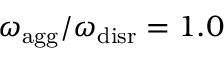
{ \omega _ { \mathrm { a g g } } / \omega _ { \mathrm { d i s r } } = 1 . 0 }